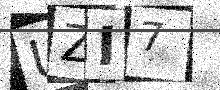
Text: UZI7